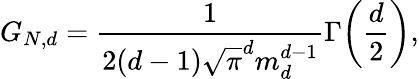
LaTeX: G_{N,d}=\frac{1}{2(d-1)\sqrt{\pi}^{d}m_{d}^{d-1}}\Gamma\! \left(\frac{d}{2}\right),